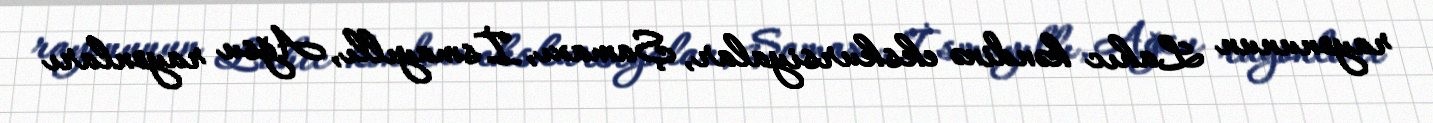
rayonunun Lahıc kəndinə ekskursiyalar, Şamaxı, İsmayıllı, Ağsu rayonları